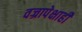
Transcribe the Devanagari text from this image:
वज्रापेक्षाही